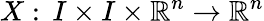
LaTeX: X:\, I\times I\times\mathbb{R}^{n}\to\mathbb{R}^{n}